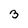
Character: 3